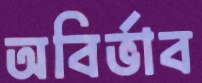
অবির্ভাব